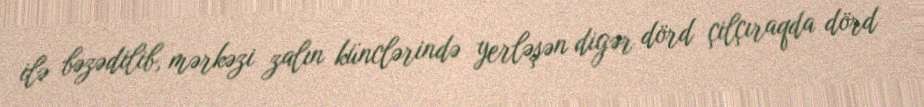
ilə bəzədilib, mərkəzi zalın künclərində yerləşən digər dörd çilçıraqda dörd